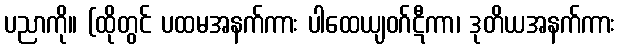
ပညာကို။ (ထိုတွင် ပထမအနက်ကား ပါထေယျဝဂ်ဋီကာ၊ ဒုတိယအနက်ကား